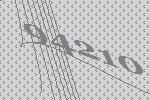
94210